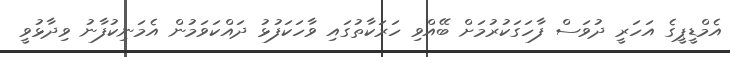
އެމްޑީޕީގެ އަހަރީ ދުވަސް ފާހަގަކުރުމަށް ބޭއްވި ހަރަކާތުގައި ވާހަކަފުޅު ދައްކަވަމުން އެމަނިކުފާނު ވިދާޅުވީ